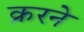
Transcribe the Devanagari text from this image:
क्ररने